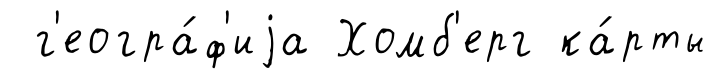
г'еогра́ф'иjа Хомб'ерг ка́рты